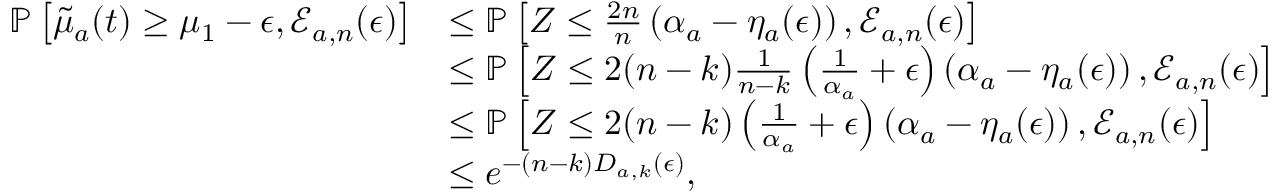
\begin{array} { r l } { \mathbb { P } \left[ \tilde { \mu } _ { a } ( t ) \geq \mu _ { 1 } - \epsilon , \mathcal { E } _ { a , n } ( \epsilon ) \right] } & { \leq \mathbb { P } \left[ Z \leq \frac { 2 n } { n } \left( \alpha _ { a } - \eta _ { a } ( \epsilon ) \right) , \mathcal { E } _ { a , n } ( \epsilon ) \right] } \\ & { \leq \mathbb { P } \left[ Z \leq 2 ( n - k ) \frac { 1 } { n - k } \left( \frac { 1 } { \alpha _ { a } } + \epsilon \right) \left( \alpha _ { a } - \eta _ { a } ( \epsilon ) \right) , \mathcal { E } _ { a , n } ( \epsilon ) \right] } \\ & { \leq \mathbb { P } \left[ Z \leq 2 ( n - k ) \left( \frac { 1 } { \alpha _ { a } } + \epsilon \right) \left( \alpha _ { a } - \eta _ { a } ( \epsilon ) \right) , \mathcal { E } _ { a , n } ( \epsilon ) \right] } \\ & { \leq e ^ { - ( n - k ) D _ { a , k } ( \epsilon ) } , } \end{array}